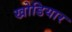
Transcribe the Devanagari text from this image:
खोडियार